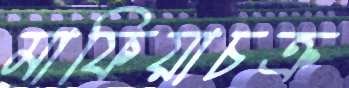
মাফিয়াচক্র